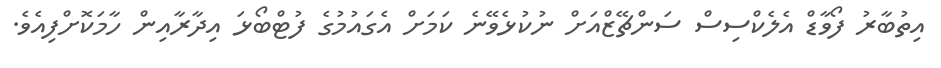
އިތުބާރު ފޯވާޑް އެލެކްސިސް ސަންޗޭޒްއަށް ނުކުޅެވޭނެ ކަމަށް އެގައުމުގެ ފުޓްބޯޅަ އިދާރާއިން ހާމަކޮށްފިއެވެ.